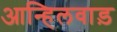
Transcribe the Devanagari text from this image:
आन्हिलवाड़